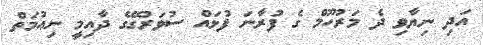
އަދި ނިޔާވި ދެ މަރުހޫމް ގެ ފުރާނަ ފުޅައް ސުވަރުގޭގެ ދާއިމީ ނިޢުމަތް